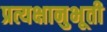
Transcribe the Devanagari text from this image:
प्रत्यक्षानुभूती